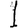
Digit: 1